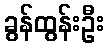
ခွန်ထွန်းဦး